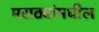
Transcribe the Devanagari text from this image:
मराठ्यांमधील